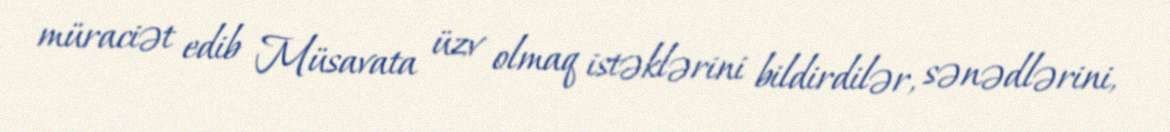
müraciət edib Müsavata üzv olmaq istəklərini bildirdilər, sənədlərini,